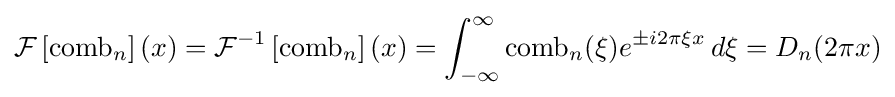
{\mathcal {F}}\left[\operatorname {comb} _{n}\right](x)={\mathcal {F}}^{-1}\left[\operatorname {comb} _{n}\right](x)=\int _{-\infty }^{\infty }\operatorname {comb} _{n}(\xi )e^{\pm i2\pi \xi x}\,d\xi =D_{n}(2\pi x)